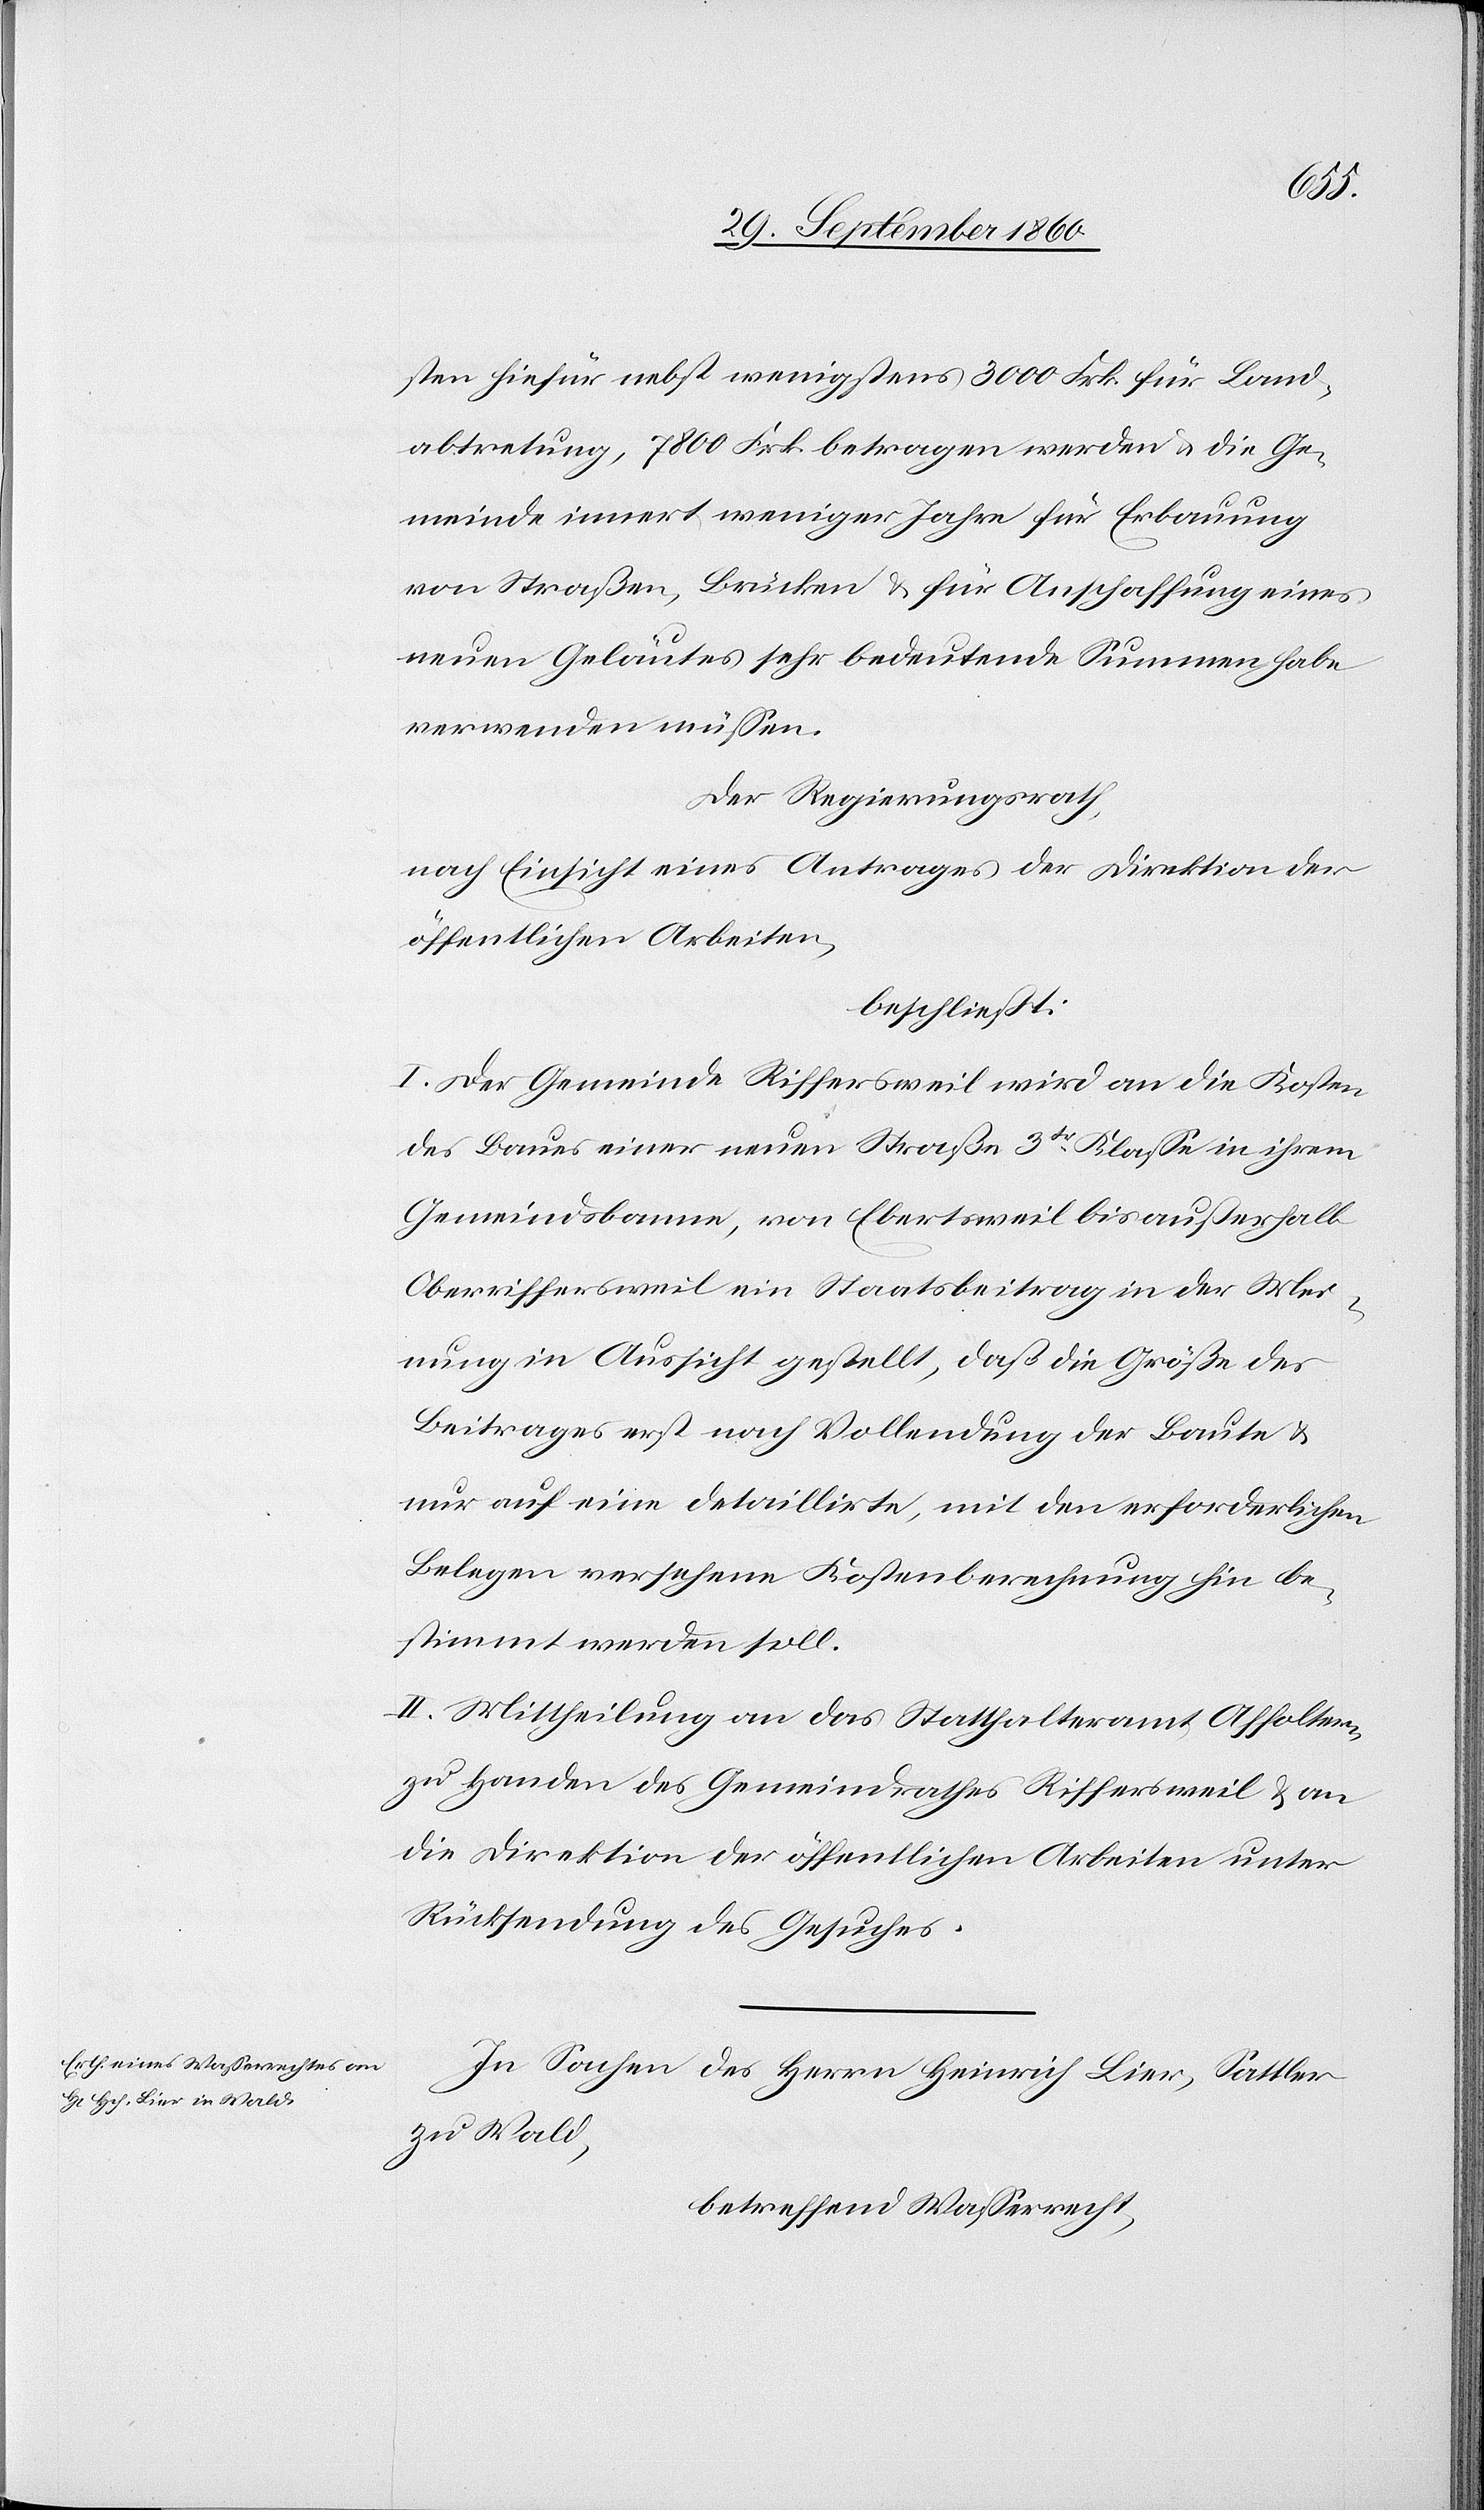
sten hiefür nebst wenigstens 3000 Frk. für Land¬
abtretung, 7800 Frk. betragen werden u. die Ge¬
meinde innert weniger Jahre für Erbauung
von Straßen, Brücken u. für Anschaffung eines
neuen Geläutes sehr bedeutende Summen habe
verwenden müssen.
Der Regierungsrath,
nach Einsicht eines Antrages der Direktion der
öffentlichen Arbeiten,
beschließt:
I. Der Gemeinde Riffersweil wird an die Kosten
des Baues einer neuen Straße 3tr Klasse in ihrem
Gemeindsbanne, von Ebertsweil bis außerhalb
Oberriffersweil ein Staatsbeitrag in der Mei¬
nung in Aussicht gestellt, daß die Größe des
Beitrages erst nach Vollendung der Baute u.
nur auf eine detaillirte, mit den erforderlichen
Belegen versehene Kostenberechnung hin be¬
stimmt werden soll.
II. Mittheilung an das Statthalteramt Affoltern,
zu Handen des Gemeindrathes Riffersweil & an
die Direktion der öffentlichen Arbeiten unter
Rücksendung des Gesuches.
In Sachen des Herrn Heinrich Lier, Sattler
zu Wald,
betreffend Wasserrecht,